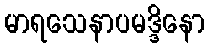
မာရသေနာပမဒ္ဒိနော